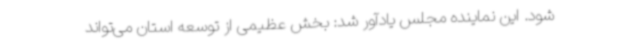
شود. این نماینده مجلس یادآور شد: بخش عظیمی از توسعه استان می‌تواند